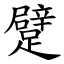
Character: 躄